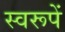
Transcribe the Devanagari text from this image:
स्वरूपें